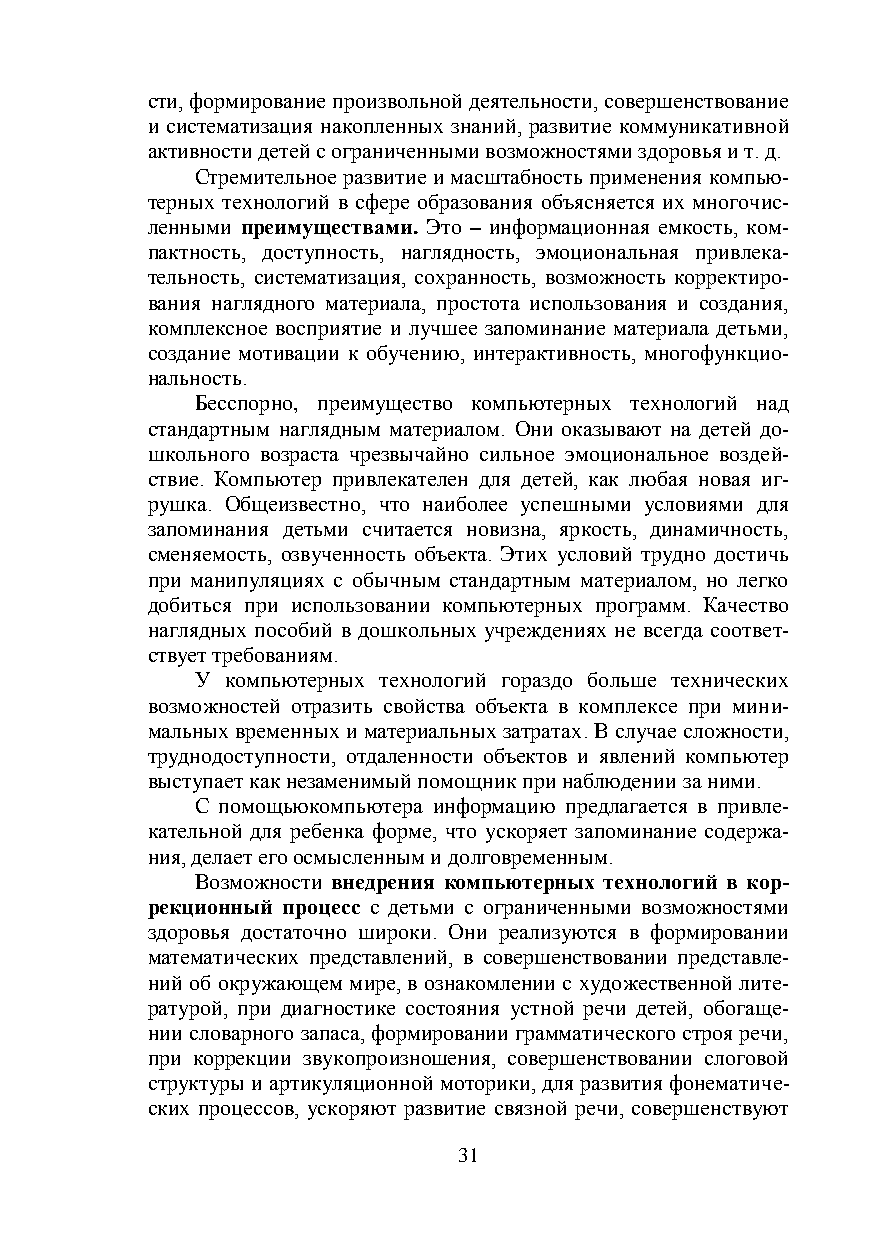
сти, формирование произвольной деятельности, совершенствование
 и систематизация накопленных знаний, развитие коммуникативной
 активности детей с ограниченными возможностями здоровья и т. д.
 Стремительное развитие и масштабность применения компью-
 терных технологий в сфере образования объясняется их многочис-
 ленными преимуществами. Это – информационная емкость, ком-
 пактность, доступность, наглядность, эмоциональная привлека-
 тельность, систематизация, сохранность, возможность корректиро-
 вания наглядного материала, простота использования и создания,
 комплексное восприятие и лучшее запоминание материала детьми,
 создание мотивации к обучению, интерактивность, многофункцио-
 нальность.
 Бесспорно, преимущество компьютерных технологий над
 стандартным наглядным материалом. Они оказывают на детей до-
 школьного возраста чрезвычайно сильное эмоциональное воздей-
 ствие. Компьютер привлекателен для детей, как любая новая иг-
 рушка. Общеизвестно, что наиболее успешными условиями для
 запоминания детьми считается новизна, яркость, динамичность,
 сменяемость, озвученность объекта. Этих условий трудно достичь
 при манипуляциях с обычным стандартным материалом, но легко
 добиться при использовании компьютерных программ. Качество
 наглядных пособий в дошкольных учреждениях не всегда соответ-
 ствует требованиям.
 У компьютерных технологий гораздо больше технических
 возможностей отразить свойства объекта в комплексе при мини-
 мальных временных и материальных затратах. В случае сложности,
 труднодоступности, отдаленности объектов и явлений компьютер
 выступает как незаменимый помощник при наблюдении за ними.
 С помощьюкомпьютера информацию предлагается в привле-
 кательной для ребенка форме, что ускоряет запоминание содержа-
 ния, делает его осмысленным и долговременным.
 Возможности внедрения компьютерных технологий в кор-
 рекционный процесс с детьми с ограниченными возможностями
 здоровья достаточно широки. Они реализуются в формировании
 математических представлений, в совершенствовании представле-
 ний об окружающем мире, в ознакомлении с художественной лите-
 ратурой, при диагностике состояния устной речи детей, обогаще-
 нии словарного запаса, формировании грамматического строя речи,
 при коррекции звукопроизношения, совершенствовании слоговой
 структуры и артикуляционной моторики, для развития фонематиче-
 ских процессов, ускоряют развитие связной речи, совершенствуют
 31